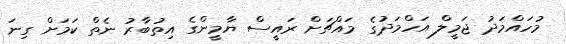
މުހައްމަދު ޖަމީލް އަހްމަދުގެ މައްޗަށް ރައީސް ޔާމީންގެ އިތުބާރު ނެތް ކަމަށް ގިނަ